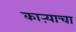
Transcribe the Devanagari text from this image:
काऱ्याचा